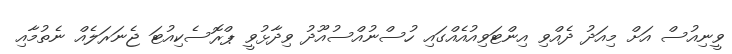
ވީނިއުސް އަށް މިއަދު ދެއްވި އިންޓަވިއުއެއްގައި ހުސްނުއްސުއޫދު ވިދާޅުވީ ޕްރޮސެކިއުޓަ ޖެނަރަލެއް ނެތުމާއި